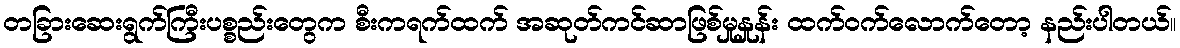
တခြားဆေးရွက်ကြီးပစ္စည်းတွေက စီးကရက်ထက် အဆုတ်ကင်ဆာဖြစ်မှုနှုန်း ထက်ဝက်လောက်တော့ နည်းပါတယ်။